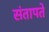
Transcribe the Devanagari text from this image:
संतापते